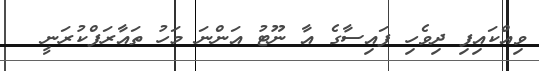
ވިއްކައިފި ދިވެހި ފައިސާގެ އާ ނޫޓު އަންނަ މަހު ތައާރަފްކުރަނީ